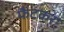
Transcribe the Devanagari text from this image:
फैंटकर